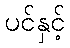
ပင်နှင့်